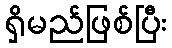
ရှိမည်ဖြစ်ပြီး